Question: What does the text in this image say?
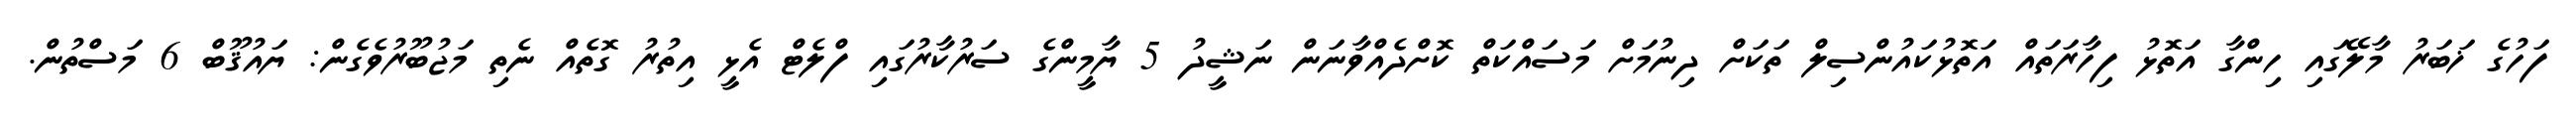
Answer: ފަހުގެ ޚަބަރު މާލޭގައި ހިންގާ އަތޮޅު ފިހާރަތައް އަތޮޅުކައުންސިލް ތަކަށް ދިނުމަށް މަސައްކަތް ކޮށްދެއްވާނަން ނަޝީދު 5 ޔާމީންގެ ސަރުކާރުގައި ފްލެޓް އެޅީ އިތުރު ގޮތެއް ނެތި މަޖުބޫރުވެގެން: ޔައުޤޫބް 6 މަސްތުން.